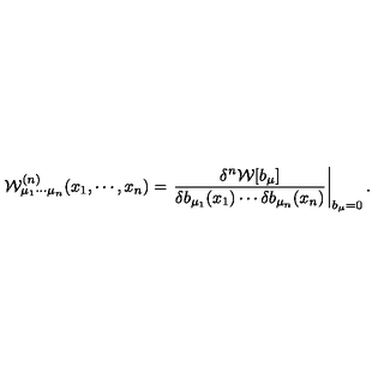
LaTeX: { \mathcal W } _ { \mu _ { 1 } \cdots \mu _ { n } } ^ { ( n ) } ( x _ { 1 } , \cdots , x _ { n } ) = \left. \frac { \delta ^ { n } { \mathcal W } [ b _ { \mu } ] } { \delta b _ { \mu _ { 1 } } ( x _ { 1 } ) \cdots \delta b _ { \mu _ { n } } ( x _ { n } ) } \right| _ { b _ { \mu } = 0 } .